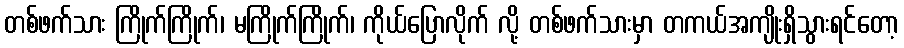
တစ်ဖက်သား ကြိုက်ကြိုက်၊ မကြိုက်ကြိုက်၊ ကိုယ်ပြောလိုက် လို့ တစ်ဖက်သားမှာ တကယ်အကျိုးရှိသွားရင်တော့